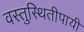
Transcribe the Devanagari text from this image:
वस्तुस्थितीपायी